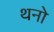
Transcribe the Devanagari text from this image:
थनो